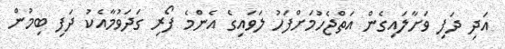
އަދި ދަފި ވަށާލައިގެން އަތްޖެހުމަށްފަހު ލަވައިގެ އެންމެ ފޯރި ގަދަވުމާއެކު ދަފި ބިމުން